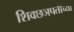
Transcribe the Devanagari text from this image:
शिवछञपतींच्या